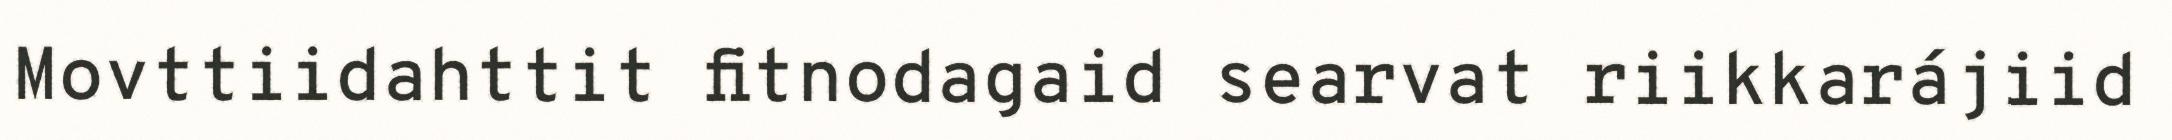
Movttiidahttit fitnodagaid searvat riikkarájiid